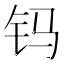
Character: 𨰾